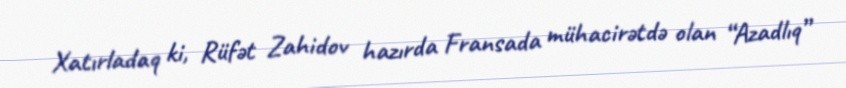
Xatırladaq ki, Rüfət Zahidov hazırda Fransada mühacirətdə olan “Azadlıq”